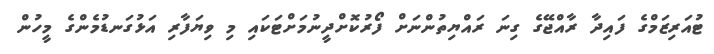
ޓުއަރިޒަމްގެ ފައިދާ ރާއްޖޭގެ ގިނަ ރައްޔިތުންނަށް ފޯރުކޮށްދީނުމަށްޓަކައި މި ވިޔަފާރި އަޅުގަނޑުމެންގެ މީހުން